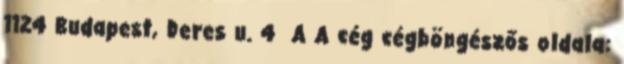
1124 Budapest, Deres u. 4 A A cég cégböngészős oldala: